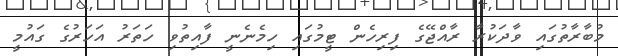
މުބާރާތުގައި ވާދަކުރާ ރާއްޖޭގެ ފިރިހެން ޓީމުގައި ހިމެނެނީ ފާއިތުވި ހަތަރު އަހަރުގެ ގައުމީ